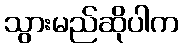
သွားမည်ဆိုပါက